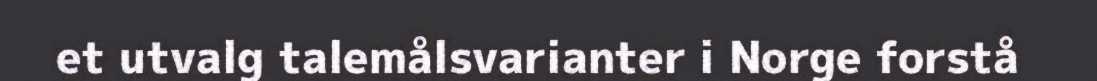
et utvalg talemålsvarianter i Norge forstå